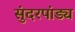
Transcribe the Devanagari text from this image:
सुंदरपांड्य